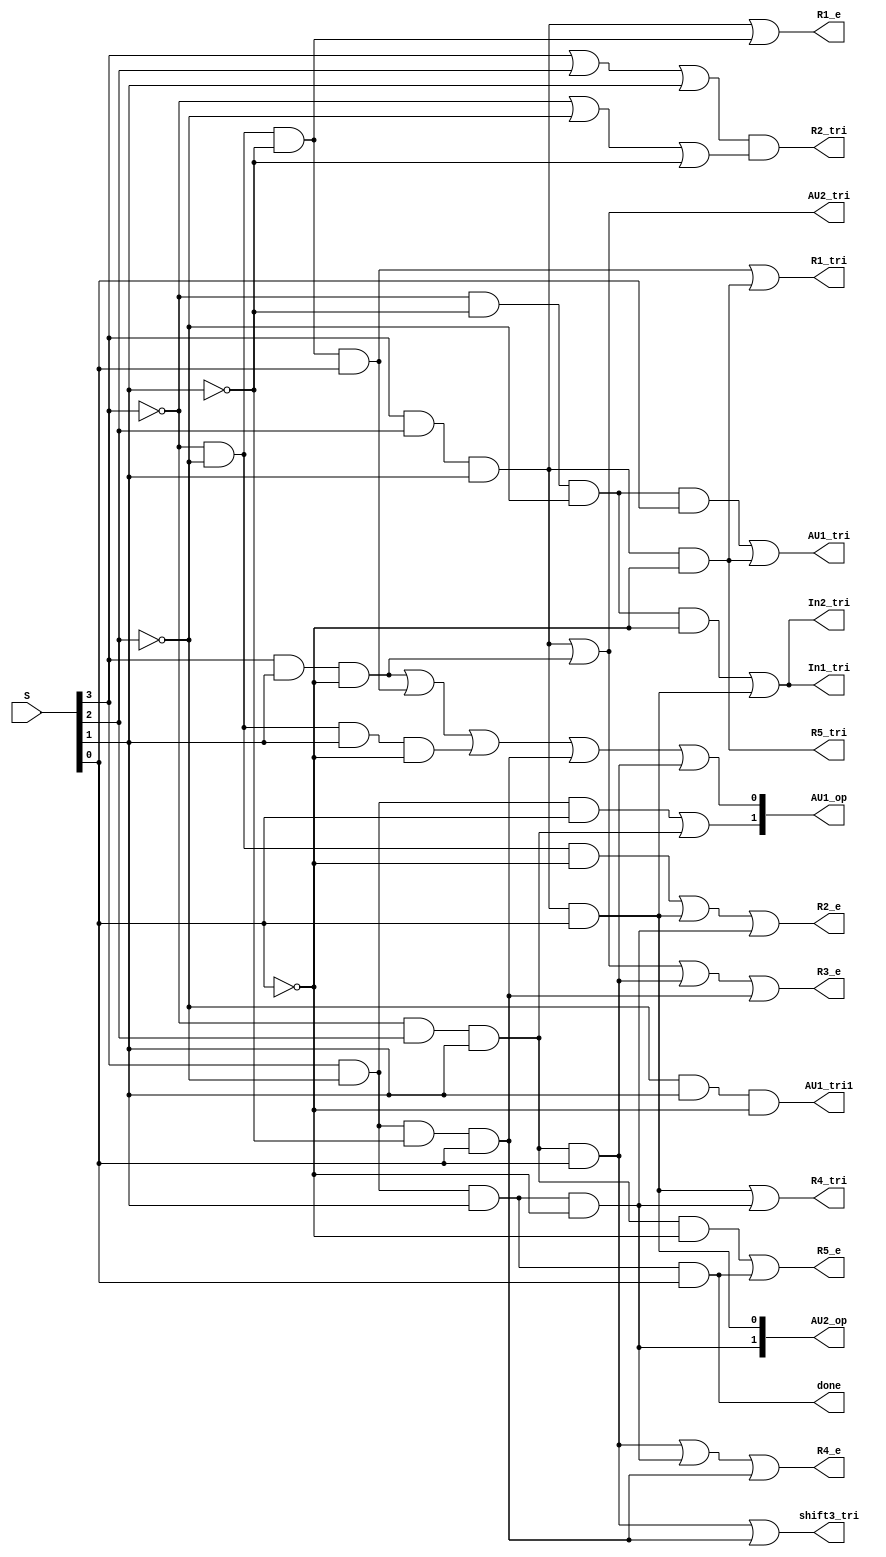
module Control_Output(R1_tri, R2_tri, R1_e, R2_e, AU1_op, In1_tri, In2_tri, 
								AU1_tri, AU1_tri1, shift3_tri, R3_e, R4_e, R5_e, R4_tri, R5_tri, AU2_op, AU2_tri, done, S);
	input [3:0] S;
	output R1_tri, R2_tri, R1_e, R2_e,In1_tri, In2_tri, AU1_tri, AU1_tri1;
	output shift3_tri, R3_e, R4_e, R5_e, R4_tri, R5_tri, AU2_tri, done;
	output [1:0] AU1_op, AU2_op;
	
	wire Q3, Q2, Q1, Q0;
	assign Q3 = S[3] | 1'b0;
	assign Q2 = S[2] | 1'b0;
	assign Q1 = S[1] | 1'b0;
	assign Q0 = S[0] | 1'b0;
	
	//R1_tri
	wire w_R1t1, w_R1t2;
	assign w_R1t1 = ~Q3 & ~Q2 & ~Q1 & Q0;
	assign w_R1t2 = Q3 & Q2 & Q1 & ~Q0;
	assign R1_tri = w_R1t1 | w_R1t2;
	
	//R2_tri
	wire w_R2t1, w_R2t2;
	assign w_R2t1 = Q3 | Q2 | Q1;
	assign w_R2t2 = ~Q3 | ~Q2 | ~Q1;
	assign R2_tri = w_R2t1 & w_R2t2;
	
	//R1_e
	wire w_R1e1, w_R1e2;
	assign w_R1e1 = Q3 & Q2 & Q1;
	assign w_R1e2 = ~Q3 & ~Q2 & ~Q1;
	assign R1_e = w_R1e1 | w_R1e2;
	
	//R2_e
	wire w_R2e1, w_R2e2, w_R2e3;
	assign w_R2e1 = ~Q3 & ~Q2 & ~Q0;
	assign w_R2e2 = Q3 & Q2 & Q1 & Q0;
	assign w_R2e3 = Q3 & ~Q2 & Q1 & ~Q0;
	assign R2_e = w_R2e1 | w_R2e2 | w_R2e3;
	
	//AU1_op[1]
	wire w_A1op1, w_A1op2;
	assign w_A1op1 = Q3 & ~Q2 & Q0;
	assign w_A1op2 = ~Q3 & Q2 & Q1;
	assign AU1_op[1] = w_A1op1 | w_A1op2;
	
	//AU1_op[0]
	wire w_A10op1, w_A10op2, w_A10op3, w_A10op4, w_A10op5;
	assign w_A10op1 = Q3 & Q1 & ~Q0;
	assign w_A10op2 = ~Q3 & ~Q2 & ~Q1 & Q0;
	assign w_A10op3 = ~Q3 & ~Q2 & Q1 & ~Q0;
	assign w_A10op4 = Q3 & ~Q2 & ~Q1 & Q0;
	assign w_A10op5 = ~Q3 & Q2 & Q1 & Q0;
	assign AU1_op[0] = w_A10op1 | w_A10op2 | w_A10op3 | w_A10op4 | w_A10op5;
	
	//AU2_op[1]
	assign AU2_op[1] = Q3 & ~Q2 & Q1 & ~Q0;
	
	//R3_e
	wire R3e1,R3e2, R3e3, R3e4;
	assign R3e1 = Q3 & Q2 & Q1;
	assign R3e2 = Q3 & Q1 & ~Q0;
	assign R3e3 = ~Q3 & Q2 & Q1 & Q0;
	assign R3e4 = Q3 & ~Q2 & ~Q1 & Q0;
	assign R3_e = R3e1 | R3e2 | R3e3 | R3e4;
	
	//R4_e
	wire R4e1,R4e2, R4e3;
	assign R4e1 = ~Q3 & Q2 & Q1 & Q0;
	assign R4e2 = Q3 & ~Q2 & Q1 & ~Q0;
	assign R4e3 = Q3 & ~Q2 & ~Q1 & Q0;
	assign R4_e = R4e1 | R4e2 | R4e3;
	
	//R5_e
	wire R5e1,R5e2;
	assign R5e1 = ~Q3 & Q2 & Q1 & ~Q0;
	assign R5e2 = Q3 & ~Q2 & Q1 & Q0;
	assign R5_e = R5e1 | R5e2;
	
	//R4_tri
	wire R4t1,R4t2;
	assign R4t1 = Q3 & Q2 & Q1 & Q0;
	assign R4t2 = Q3 & ~Q2 & Q1 & ~Q0;
	assign R4_tri = R4t1 | R4t2;
	
	//R5_tri
	assign R5_tri = Q3 & Q2 & Q1 & ~Q0;
	
	//AU2_op[0]
	assign AU2_op[0] = Q3 & Q2 & Q1 & Q0;
	
	//AU2_tri
	wire A2t1,A2t2;
	assign A2t1 = Q3 & Q2 & Q1;
	assign A2t2 = Q3 & Q1 & ~Q0;
	assign AU2_tri = A2t1 | A2t2;
	
	//done
	assign done = Q3 & ~Q2 & Q1 & Q0;
	
	//In1_tri
	wire I1t1,I1t2;
	assign I1t1 = ~Q3 & ~Q1 & ~Q2 & ~Q0;
	assign I1t2 = Q3 & Q2 & Q1 & Q0;
	assign In1_tri = I1t1 | I1t2;
	
	//In2_tri
	assign In2_tri = I1t1 | I1t2;
	
	//AU1_tri
	wire A1t1,A1t2;
	assign A1t1 = ~Q3 & ~Q1 & ~Q2 & Q0;
	assign A1t2 = Q3 & Q2 & Q1 & ~Q0;
	assign AU1_tri = A1t1 | A1t2;
	
	//AU1_tr1
	assign AU1_tri1 = ~Q2 & Q1 & ~Q0;
	
	//shif3_tri
	wire s3I1,s3I2;
	assign s3I1 = ~Q3 & Q2 & Q1 & Q0;
	assign s3I2 = Q3 & ~Q2 & ~Q1 & Q0;
	assign shift3_tri = s3I1 | s3I2;
endmodule